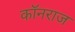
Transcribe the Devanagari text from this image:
कॉनराज